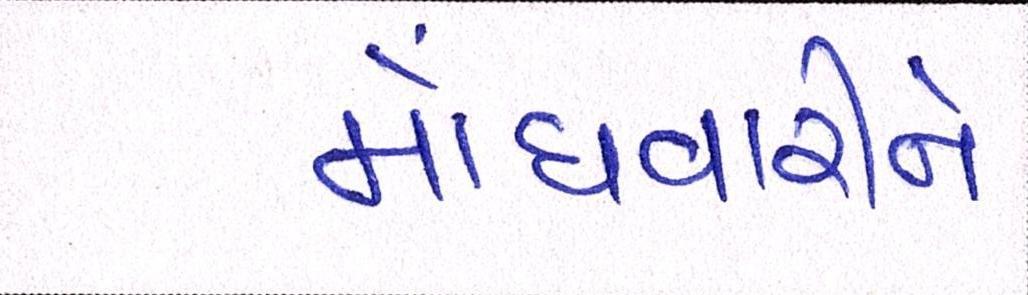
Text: મોંઘવારીને